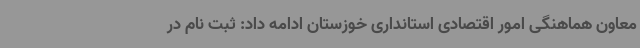
معاون هماهنگی امور اقتصادی استانداری خوزستان ادامه داد: ثبت نام در